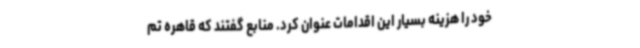
خود را هزینه بسیار این اقدامات عنوان کرد. منابع گفتند که قاهره تم